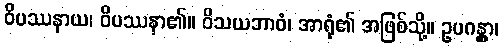
ဝိပဿနာယ၊ ဝိပဿနာ၏။ ဝိသယဘာဝံ၊ အာရုံ၏ အဖြစ်သို့။ ဥပဂန္တွာ၊